Annual report on the Civil Veterinary Department, Burma (including the Insein Veterinary School) - 1932-1941
Year: 1932
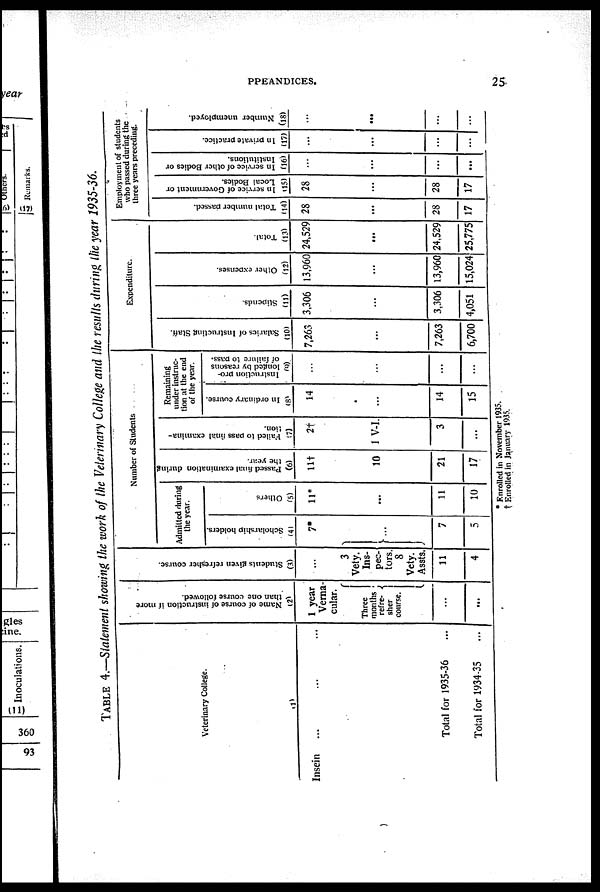
APPEANDICES.
25
TABLE 4.—Statement showing the work of the Veterinary College and the results during the year 1935-36.
Veterinary College.
(1)
Insein ... ... ...
Total for 1935-36 ...
Total for 1934-35 ...
Name of course of instruction if more
than one course followed.
(2)
1 year
Verna-
cular.
Three
months
refre-
sher
course.
...
...
Students given refresher course.
(3)
...
3
Vety.
Ins-
pec-
tors.
8
Vety.
Assts. 11
4
Number of Students
Admitted during
the year.
Scholarship holders.
(4)
7*
...
7
5
Others
(5)
11*
...
11
10
Passed final examination during
the year.
(6)
11†
10
21
17
Failed to pass final examina-
tion.
(7)
2t
1 V-I.
3
...
Remaining
under instruc-
tion at the end
of the year.
In ordinary course.
(8)
14
...
14
15
Instruction pro-
longed by reasons
of failure to pass.
(9)
...
...
...
...
Expenditure.
Salaries of Instructing Staff.
(10)
7,263
...
7,263
6,700
Stipends.
(11)
3,306
...
3,306
4,051
Other expenses.
(12)
13,960
...
13,960
15,024
Total.
(13)
24,529
...
24,529
25,775
Employment of students
who passed during the
three years preceding.
Total number passed.
(14)
28
...
28
17
In service of Government or
Local Bodies.
(15)
28
...
28
17
In service of other Bodies or
Institutions.
06)
...
...
...
...
In private practice.
(17)
...
...
...
...
Number unemployed.
(18)
...
...
* Enrolled in November 1935.
† Enrolled in January 1935.